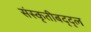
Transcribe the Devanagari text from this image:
संस्कृतीबद्द्ल